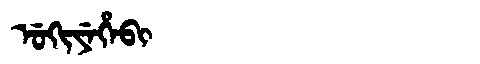
Manchu: ᡠᡴᡳᠶᡝᡥᡝᠪᡳ
Romanization: UKIYEHEBI